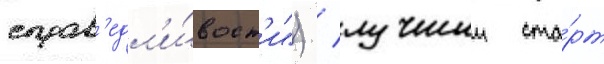
справ'едл'и́вост'и") / лучшии ста́рт